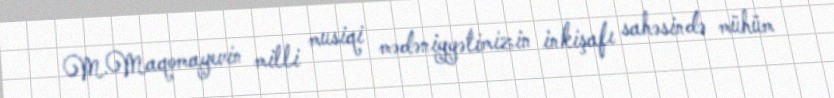
M.Maqomayevin milli musiqi mədəniyyətimizin inkişafı sahəsində mühüm